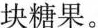
块糖果。